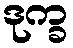
ဒုက္ခ